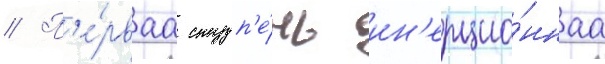
// П'е́рваа ступ'е́нь ин'ерцио́ннаа